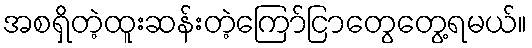
အစရှိတဲ့ထူးဆန်းတဲ့ကြော်ငြာတွေတွေ့ရမယ်။